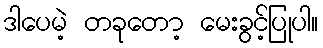
ဒါပေမဲ့ တခုတော့ မေးခွင့်ပြုပါ။